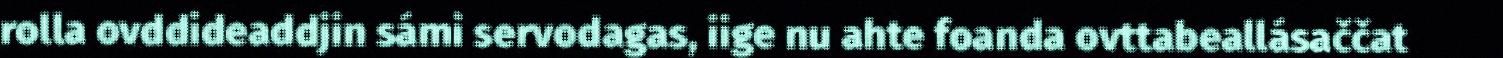
rolla ovddideaddjin sámi servodagas, iige nu ahte foanda ovttabeallásaččat